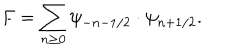
F = \sum _ { n \geq 0 } \psi _ { - n - 1 / 2 } \cdot \psi _ { n + 1 / 2 } .